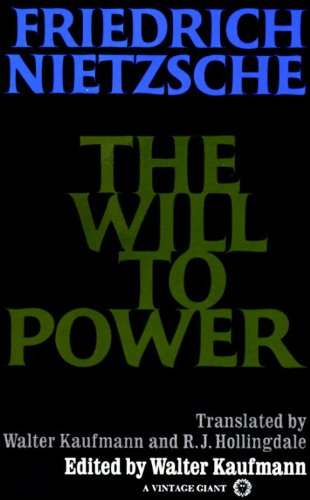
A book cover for The Will to Power; Friedrich Nietzsche; Politics & Social Sciences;